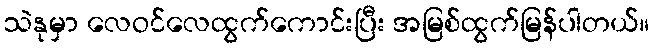
သဲနုမှာ လေဝင်လေထွက်ကောင်းပြီး အမြစ်ထွက်မြန်ပါတယ်။